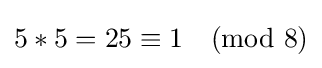
5*5=25\equiv 1{\pmod {8}}